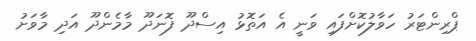
ޕްރިންޓަރު ހަވާލުކޮށްފައި ވަނީ އެ އަތޮޅު އިސްދޫ ފޮނަދޫ މާމެންދޫ އަދި މާވަށު